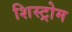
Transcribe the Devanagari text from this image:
शिस्ट्रोम